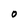
Character: O